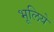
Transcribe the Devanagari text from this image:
भूलिये